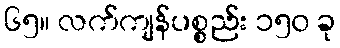
၆၅။ လက်ကျန်ပစ္စည်း ၁၅၀ ခု